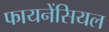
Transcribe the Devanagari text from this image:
फायनेंसियल